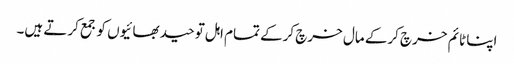
اپنا ٹائم خرچ کرکے مال خرچ کرکے تمام اہل توحید بھائیوں کو جمع کرتے ہیں۔